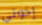
إخوتي